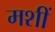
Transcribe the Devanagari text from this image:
मशीं